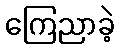
ကြေညာခဲ့